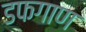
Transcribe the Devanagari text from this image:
डफगाण